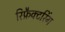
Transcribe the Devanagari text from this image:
रिफ्रैक्टरिंग